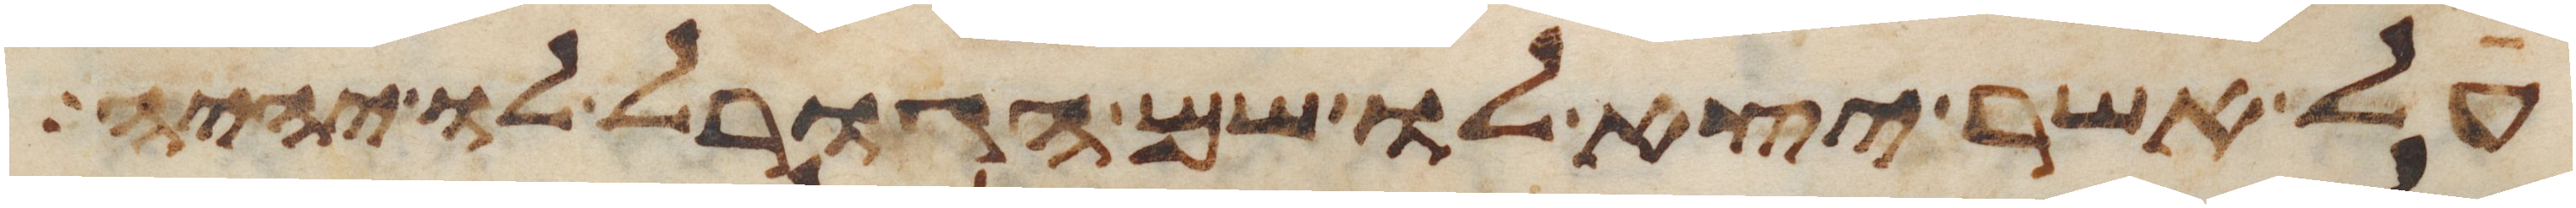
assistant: על אשר יצא לו שם הגורל לו יהיה